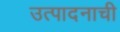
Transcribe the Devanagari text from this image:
उत्‍पादनाची